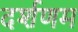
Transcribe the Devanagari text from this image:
दर्शणम